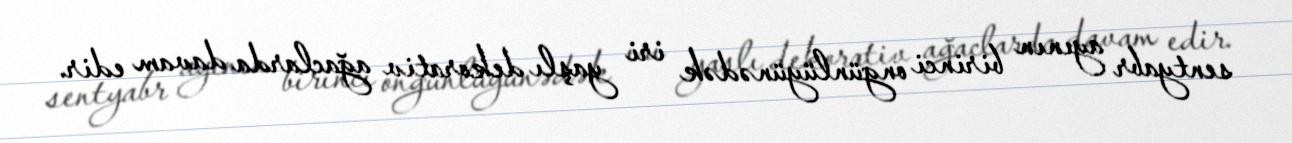
sentyabr ayının birinci ongünlüyünədək iri yaşlı dekorativ ağaclarda davam edir.